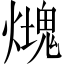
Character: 𤐡